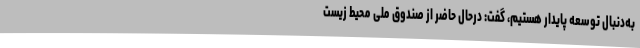
به‌دنبال توسعه پایدار هستیم، گفت: درحال‌ حاضر از صندوق ملی محیط زیست